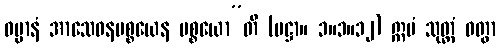
ဓမ္မာနံ အာသေဝနပစ္စယေန ပစ္စယော”တိ (ပဋ္ဌာ။ ၁။၁။၁၂) ဣမံ သုတ္တံ ဝတွာ